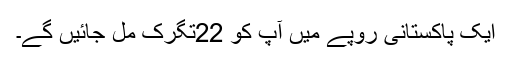
ایک پاکستانی روپے میں آپ کو 22تگرک مل جائیں گے۔